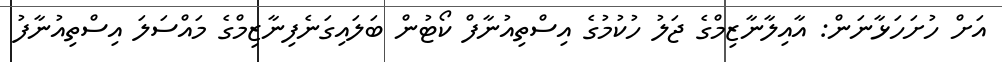
އަށް ހުށަހަޅާނަން: އާއިލާނާޒިމްގެ ޖަލު ހުކުމުގެ އިސްތިއުނާފް ކޯޓުން ބަލައިގަނެފިނާޒިމްގެ މައްސަލަ އިސްތިއުނާފު